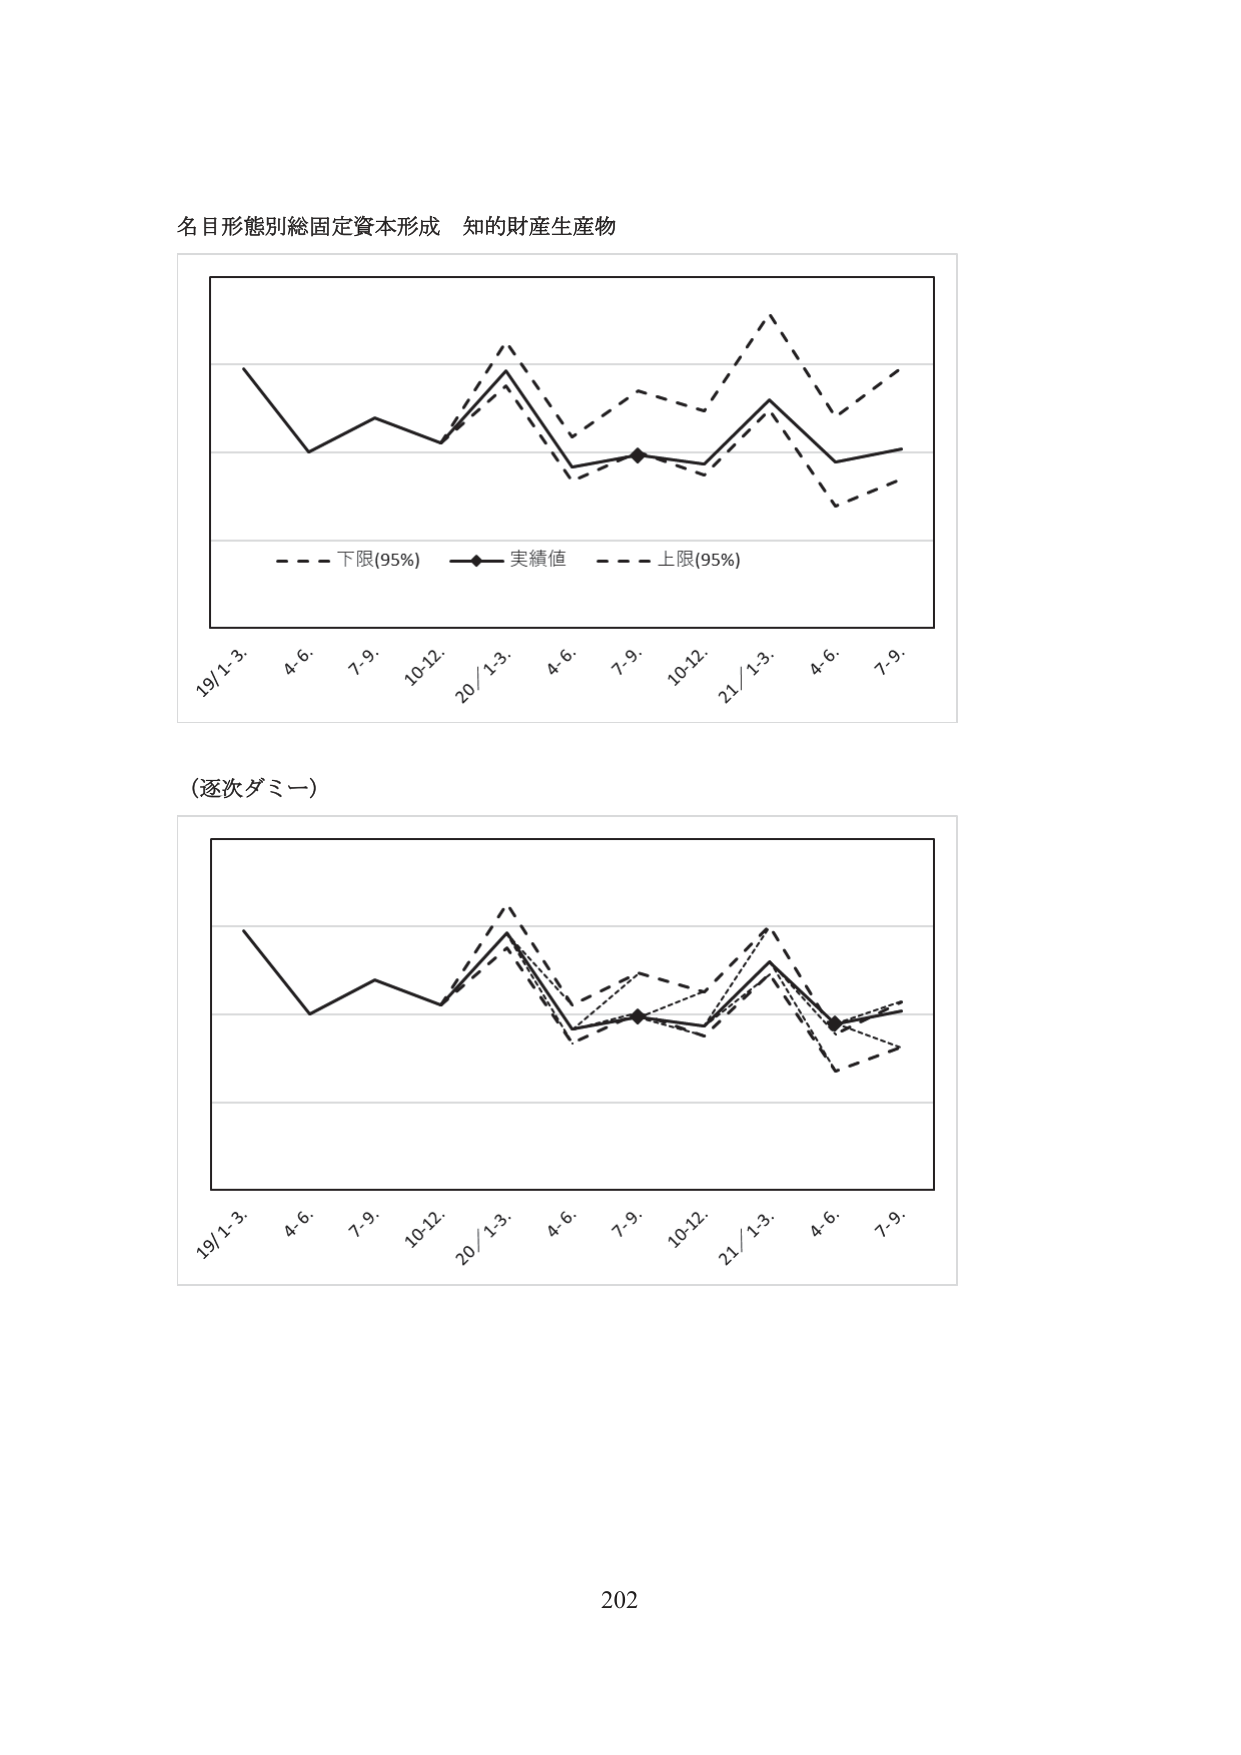
名目形態別総固定資本形成 知的財産生産物

- - - 下限(95%) —●— 実績値 - - - 上限(95%)

19/1-3. 4-6. 7-9. 10-12. 20/1-3. 4-6. 7-9. 10-12. 21/1-3. 4-6. 7-9.

(逐次ダミー)

19/1-3. 4-6. 7-9. 10-12. 20/1-3. 4-6. 7-9. 10-12. 21/1-3. 4-6. 7-9.

202